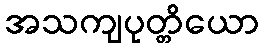
အသကျပုတ္တိယော